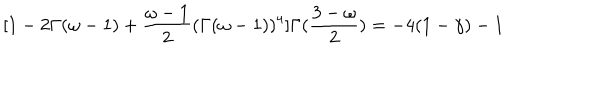
[ 1 - 2 \Gamma ( \omega - 1 ) + \frac { \omega - 1 } { 2 } ( \Gamma ( \omega - 1 ) ) ^ { 4 } ] \Gamma ( \frac { 3 - \omega } { 2 } ) = - 4 ( 1 - \gamma ) - 1